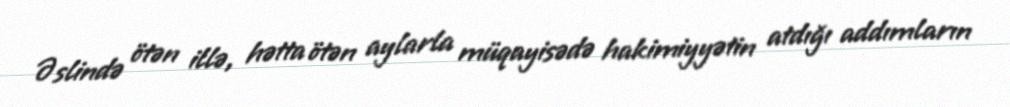
Əslində ötən illə, hətta ötən aylarla müqayisədə hakimiyyətin atdığı addımların